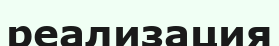
реализация